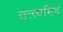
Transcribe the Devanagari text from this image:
तत्त्वमिदं